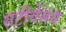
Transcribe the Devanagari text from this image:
सटीवेंसन